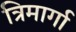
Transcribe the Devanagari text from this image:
त्रिमार्गा